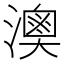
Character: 𤀈